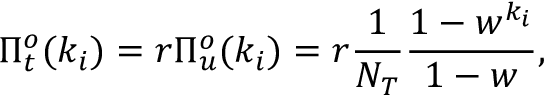
\Pi _ { t } ^ { o } ( k _ { i } ) = r \Pi _ { u } ^ { o } ( k _ { i } ) = r \frac { 1 } { N _ { T } } \frac { 1 - w ^ { k _ { i } } } { 1 - w } ,